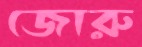
জোরু